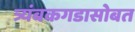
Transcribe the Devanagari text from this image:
त्र्यंबकगडासोबत